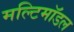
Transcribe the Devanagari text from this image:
मल्टिमॉडल